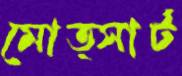
মোত্সার্ট